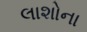
લાશોના